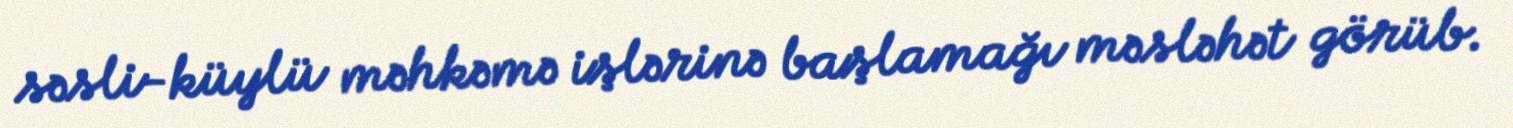
səsli-küylü məhkəmə işlərinə başlamağı məsləhət görüb.